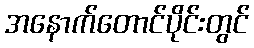
အနောက်တောင်ပိုင်းတွင်